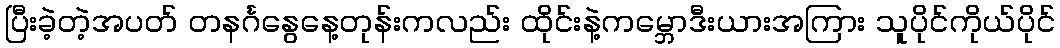
ပြီးခဲ့တဲ့အပတ် တနင်္ဂနွေနေ့တုန်းကလည်း ထိုင်းနဲ့ကမ္ဘောဒီးယားအကြား သူပိုင်ကိုယ်ပိုင်